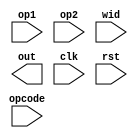
/*
Module Float Arithmetic Computation Unit
opcode:
000:NOP
001:SQRT
010:FADD
011:FSUB
100:FMUL
101:FDIV
110:FMIN
111:FMAX
WID:0=float,1=double
*/
module FALU
(
    input [63:0]op1,
    input [63:0]op2,
    input [2:0]opcode,
    input wid,
    output [63:0]out,
    input clk,
    input rst
);
wire sign1,sign2;
wire [9:0]exp1;
wire [9:0]exp2;
wire exp_sgn1,exp_sgn2;
wire [9:0]exp_diff;

wire [52:0]val1;
wire [52:0]val2;
wire [15:0]opstat;//MSB|Sign2/Sign1/Inf2/Inf1/NaN2/NaN1|LSB
wire [63:0]fmax;
wire [63:0]fmin;

assign sign1=(wid)?op1[63]:op1[31];
assign sign2=(wid)?op2[63]:op2[31];
assign exp1=(wid)?op1[62:52]:{{2{op1[30]}},op1[30:23]};
assign exp2=(wid)?op2[62:52]:{{2{op1[30]}},op2[30:23]};
assign val1=(wid)?op1[51:0]:{{30{op1[22]}},op1[22:0]};
assign val2=(wid)?op2[51:0]:{{30{op1[22]}},op2[22:0]};
assign exp_sgn1=exp1[9];
assign exp_sgn2=exp2[9];
//op status generation
assign opstat[0]=(val1!=0&(wid&(exp1==11'h7ff)));//NaN Gen
assign opstat[1]=(val2!=0&(wid&(exp2==11'h7ff)));
assign opstat[2]=(val1==0&(wid&(exp1==11'h7ff)));//Inf Gen(have sign bits, so this won't care about +-)
assign opstat[3]=(val2==0&(wid&(exp2==11'h7ff)));
assign opstat[4]=sign1;
assign opstat[5]=sign2;

//FCMP

reg [1:0]exp_cmp; //00=expA>expB,01=expA<expB,10=expA=expB
wire much_larger;
assign diff_sym=sign1^sign2;
assign exp_diff=exp1-exp2;
assign much_larger=(exp_diff>11'd52);
//generate difference of exponential word
always @(*)
begin
    casex({exp_sgn1|exp_sgn2})
    2'b00:      
        begin
            exp_cmp={(exp_diff==0),exp_diff[9]};
        end
    2'b01:      
        begin
            exp_cmp=2'b0;
        end
    2'b10:        
        begin
            exp_cmp=2'b1;
        end
    2'b11:        
        begin
            exp_cmp={(exp_diff==0),~exp_diff[9]};
        end
    default:
        begin
            exp_cmp=1'bx;
        end
    endcase
end
//FMAX/FMIN generation
wire a_larger;
wire a_equ_b;
assign a_larger=(sign1>sign2)|
            (exp_cmp==2'b00)|
            ((exp_cmp==2'b10)&(val1>val2));
assign a_equ_b=(op1==op2);
assign fmax=(a_larger)?op1:op2;
assign fmin=(a_larger)?op2:op1;

//FADDER






endmodule